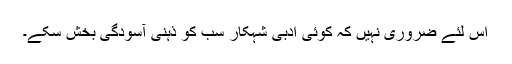
اس لئے ضروری نہیں کہ کوئی ادبی شہکار سب کو ذہنی آسودگی بخش سکے۔